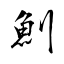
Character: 魝